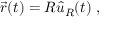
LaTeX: { \vec { r } } ( t ) = R { \hat { u } } _ { R } ( t ) \ ,